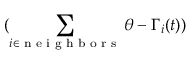
( \sum _ { i \in \textrm { n e i g h b o r s } } \theta - \Gamma _ { i } ( t ) )